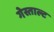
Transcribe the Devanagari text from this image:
गेस्ताल्ट